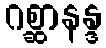
ဂစ္ဆာနန္ဒ